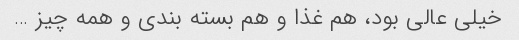
خیلی عالی بود، هم غذا و هم بسته بندی و همه چیز …